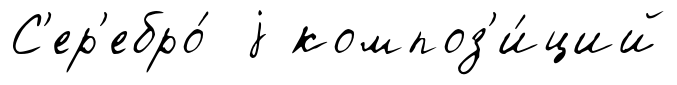
С'ер'ебро́ j композ'и́ций